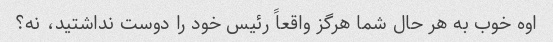
اوه خوب به هر حال شما هرگز واقعاً رئیس خود را دوست نداشتید، نه؟